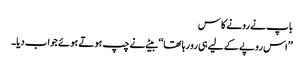
باپ نے رونے کا س
’’اس روپے کے لیے ہی رو رہا تھا‘‘ بیٹے نے چپ ہوتے ہوئے جواب دیا۔